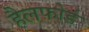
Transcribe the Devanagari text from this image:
हैलफोर्ड